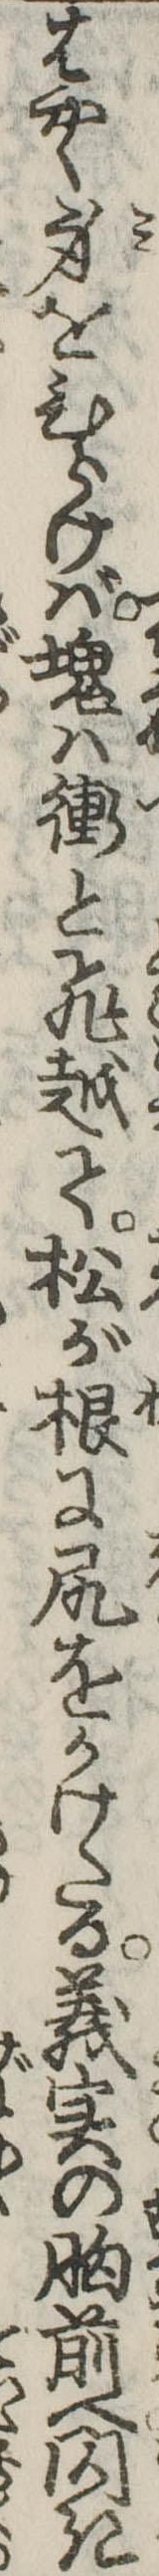
はやく身をひらけば塊は衝と飛越て松が根に尻をかけたる義実の胸前へ閃き